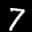
Label: 7